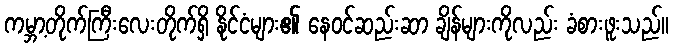
ကမ္ဘာ့တိုက်ကြီးလေးတိုက်ရှိ နိုင်ငံများ၏ နေဝင်ဆည်းဆာ ချိန်များကိုလည်း ခံစားဖူးသည်။